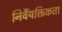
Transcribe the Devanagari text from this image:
निर्वैयक्तिकता